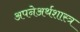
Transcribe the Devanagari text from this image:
अपनेअर्थशास्त्र